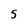
Character: 5